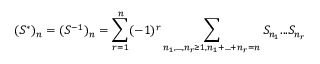
( S ^ { * } ) _ { n } = ( S ^ { - 1 } ) _ { n } = \sum _ { r = 1 } ^ { n } ( - 1 ) ^ { r } \sum _ { n _ { 1 } , . . . , n _ { r } \geq 1 , n _ { 1 } + . . . + n _ { r } = n } S _ { n _ { 1 } } . . . S _ { n _ { r } }